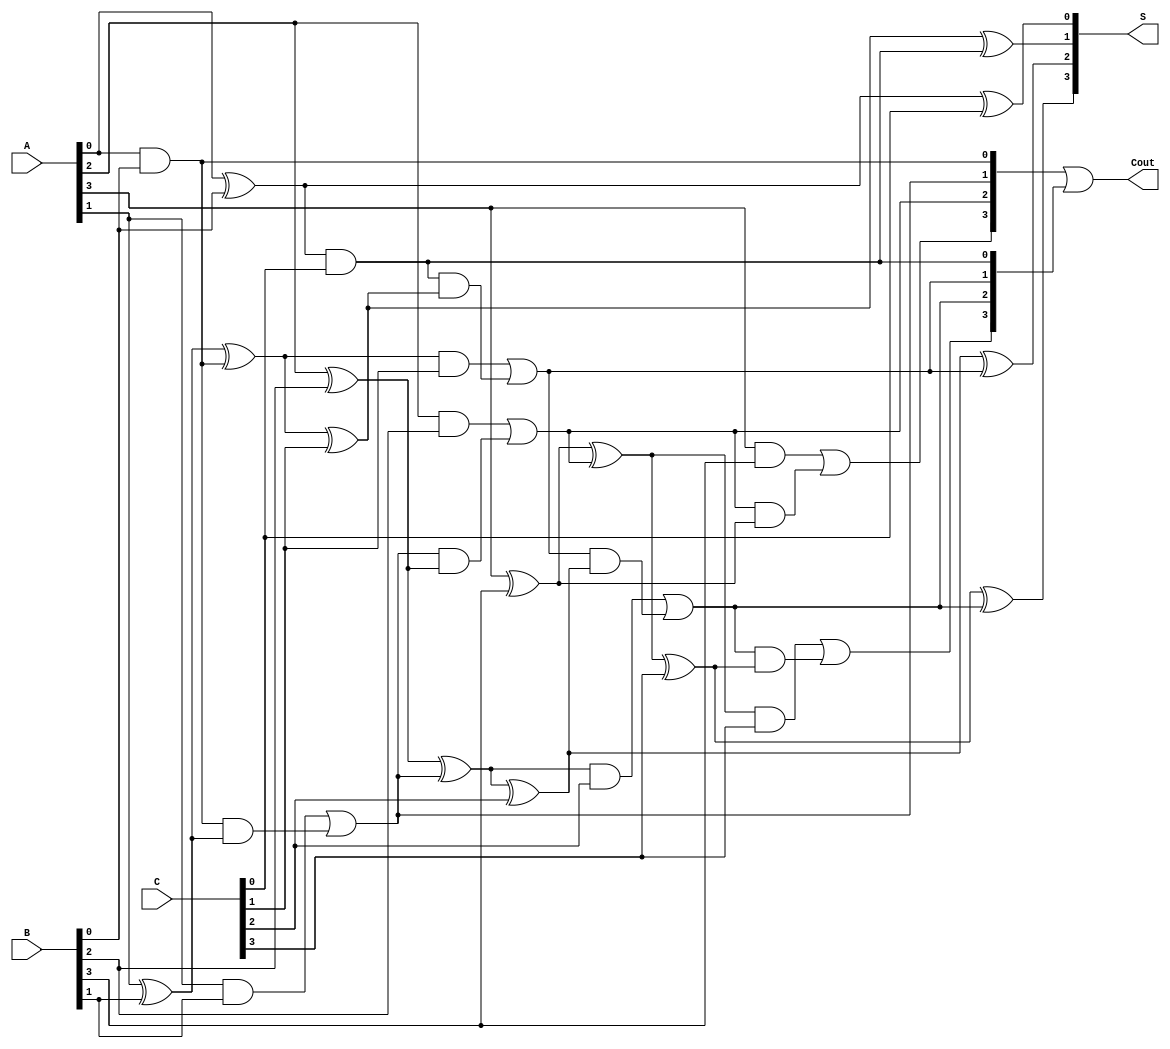
module ripple_carry_save_adder #(parameter N = 4) (
    input  [N-1:0] A,  // First n-bit input
    input  [N-1:0] B,  // Second n-bit input
    input  [N-1:0] C,  // Third n-bit input
    output [N-1:0] S,  // Partial sum output
    output [N-1:0] Cout // Carry output
);

    wire [N-1:0] sum_ab; // Sum of A and B
    wire [N-1:0] carry_ab; // Carry from A and B
    wire [N-1:0] sum_abc; // Sum of sum_ab and C
    wire [N-1:0] carry_abc; // Carry from sum_ab and C

    // Full adder for A and B
    genvar i;
    generate
        for (i = 0; i < N; i = i + 1) begin : full_adder_ab
            if (i == 0) begin
                assign sum_ab[i] = A[i] ^ B[i]; // Sum bit
                assign carry_ab[i] = A[i] & B[i]; // Carry bit
            end else begin
                assign sum_ab[i] = A[i] ^ B[i] ^ carry_ab[i-1]; // Sum bit
                assign carry_ab[i] = (A[i] & B[i]) | (carry_ab[i-1] & (A[i] ^ B[i])); // Carry bit
            end
        end
    endgenerate

    // Full adder for sum_ab and C
    generate
        for (i = 0; i < N; i = i + 1) begin : full_adder_abc
            if (i == 0) begin
                assign sum_abc[i] = sum_ab[i] ^ C[i]; // Sum bit
                assign carry_abc[i] = sum_ab[i] & C[i]; // Carry bit
            end else begin
                assign sum_abc[i] = sum_ab[i] ^ C[i] ^ carry_abc[i-1]; // Sum bit
                assign carry_abc[i] = (sum_ab[i] & C[i]) | (carry_abc[i-1] & (sum_ab[i] ^ C[i])); // Carry bit
            end
        end
    endgenerate

    // Assign outputs
    assign S = sum_abc; // Final partial sum
    assign Cout = carry_ab | carry_abc; // Final carry output

endmodule